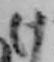
け